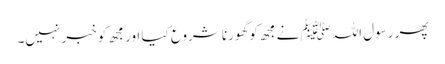
پھر رسول اللہﷺ نے مجھ کو گھورنا شروع کیا اور مجھ کو خبر نہیں۔